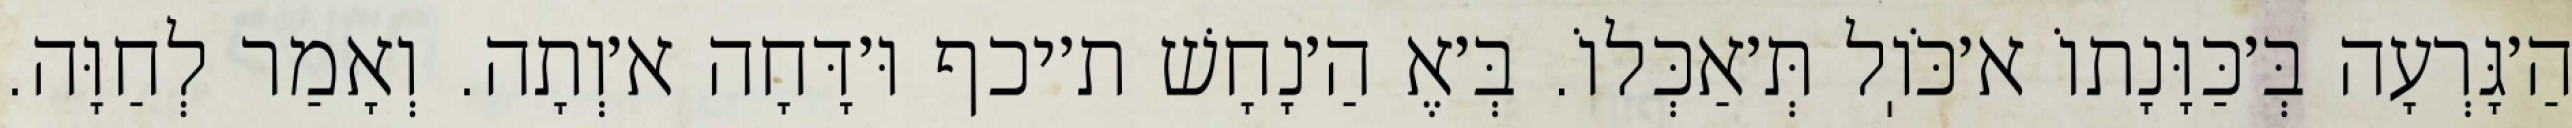
הַ׳גָּרְעָה בְּ׳כַּוָּנָתוֹ א׳כֹּוֽל תְּ׳אַכְּלוֹ. בְּ׳אֶ הַ׳נָחָשׁ ת׳יכף וּ׳דָּחָה א׳וְתָה. וְאָמַר לְחַוָּה.